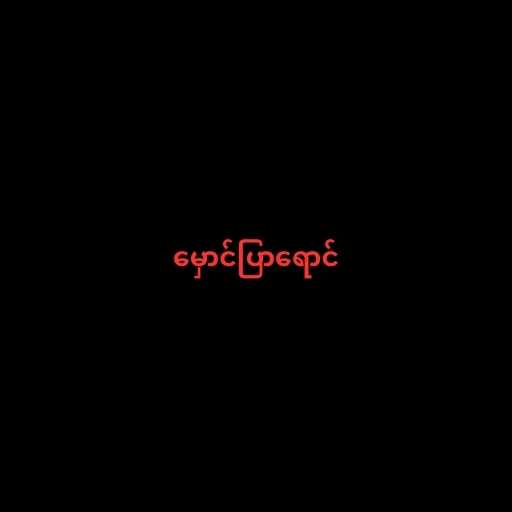
မှောင်ပြာရောင်